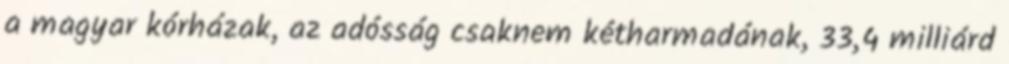
a magyar kórházak, az adósság csaknem kétharmadának, 33,4 milliárd